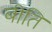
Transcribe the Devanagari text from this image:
बीति